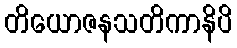
တိယောဇနသတိကာနိပိ